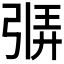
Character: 𫸷